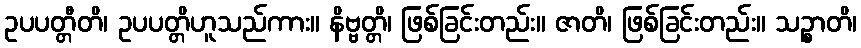
ဥပပတ္တီတိ၊ ဥပပတ္တိဟူသည်ကား။ နိဗ္ဗတ္တိ၊ ဖြစ်ခြင်းတည်း။ ဇာတိ၊ ဖြစ်ခြင်းတည်း။ သဉ္စာတိ၊